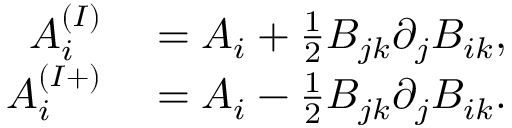
\begin{array} { r l } { A _ { i } ^ { ( I ) } } & { { } = A _ { i } + \frac { 1 } { 2 } B _ { j k } \partial _ { j } B _ { i k } , } \\ { A _ { i } ^ { ( I + ) } } & { { } = A _ { i } - \frac { 1 } { 2 } B _ { j k } \partial _ { j } B _ { i k } . } \end{array}